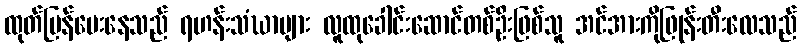
ထုတ်ပြန်ပေးနေသည် ရဟန်းသံဃာများ လူထုခေါင်းဆောင်တစ်ဦးဖြစ်သူ အင်အားကိုဖြုန်းတီးလေသည်